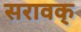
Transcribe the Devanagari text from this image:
सरावक्